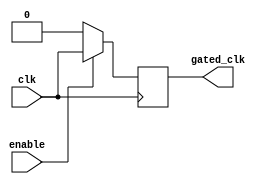
module ClockGatingCell (
    input wire clk,        // Primary clock signal
    input wire enable,     // Enable signal
    output reg gated_clk   // Gated clock output
);
    always @(posedge clk) begin
        if (enable)
            gated_clk <= clk; // Follow the primary clock
        else
            gated_clk <= 1'b0; // Gated clock is low when not enabled
    end
endmodule